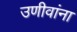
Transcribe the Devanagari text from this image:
उणीवांना